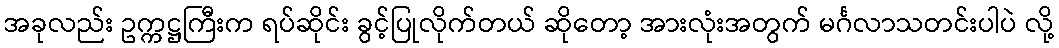
အခုလည်း ဥက္ကဋ္ဌကြီးက ရပ်ဆိုင်း ခွင့်ပြုလိုက်တယ် ဆိုတော့ အားလုံးအတွက် မင်္ဂလာသတင်းပါပဲ လို့